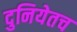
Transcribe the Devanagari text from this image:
दुनियेतच